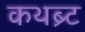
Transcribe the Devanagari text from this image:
कथब्र्ट